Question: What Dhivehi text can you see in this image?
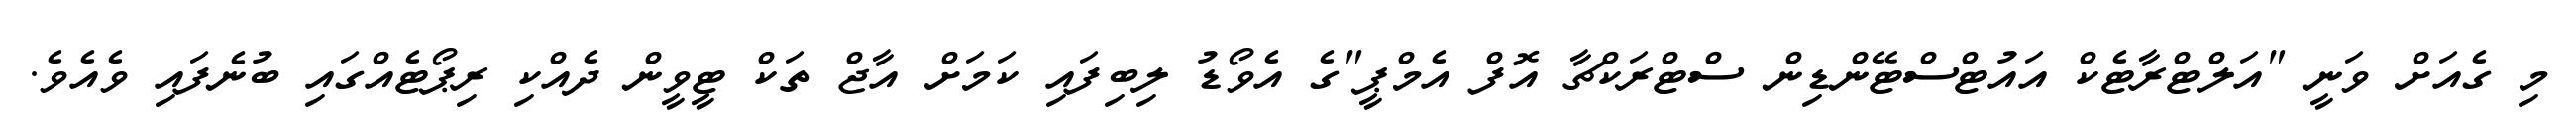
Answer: މި ގެއަށް ވަނީ "އަލްޓްރާޓެކް އައުޓްސްޓޭންޑިން ސްޓްރަކްޗާ އޮފް އެމްޕީ"ގެ އެވޯޑު ލިބިފައި ކަމަށް އާޖް ތަކް ޓީވީން ދެއްކި ރިޕޯޓެއްގައި ބުނެފައި ވެއެވެ.